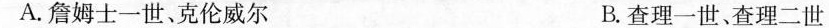
A.詹姆士一世、克伦威尔 B.查理一世、查理二世